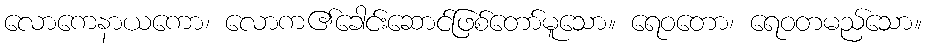
လောကေနာယကော၊ လောက၏ခေါင်းဆောင်ဖြစ်တော်မူသော။ ရေဝတော၊ ရေဝတမည်သော။